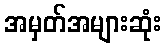
အမှတ်အများဆုံး